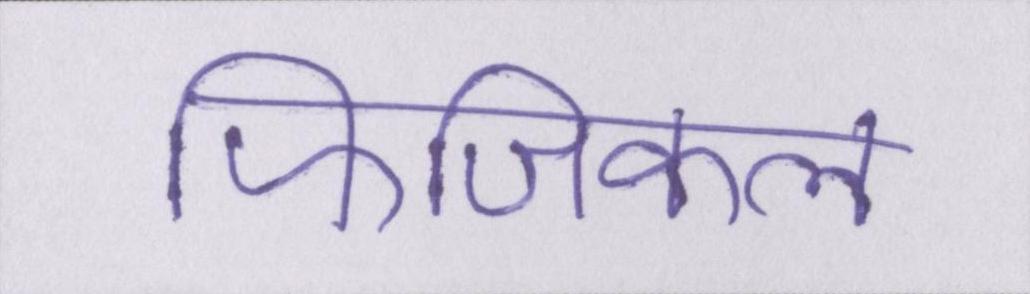
फिजिकल